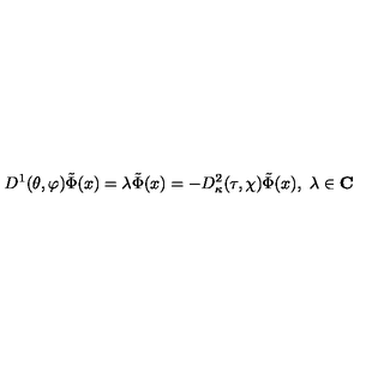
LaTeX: D ^ { 1 } ( \theta , \varphi ) \tilde { \Phi } ( x ) = \lambda \tilde { \Phi } ( x ) = - D _ { \kappa } ^ { 2 } ( \tau , \chi ) \tilde { \Phi } ( x ) , \ \lambda \in \mathbf { C }